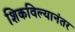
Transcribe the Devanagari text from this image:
शिकविल्यानंतर